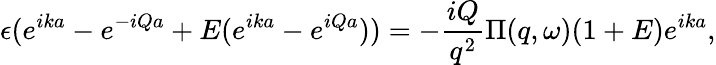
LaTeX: \epsilon(e^{ika}-e^{-iQa}+E(e^{ika}-e^{iQa}))=-\frac{iQ}{q^{2}}\Pi(q,\omega)(1+E)e^{ika},